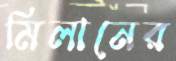
মিলানের